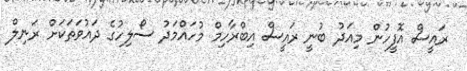
ރައީސް އޮފީހުން މިއަދު ބުނީ ރައީސް އިބްރާހިމް މުހައްމަދު ސޯލިހުގެ ދައުވަތަކަށް ރަނިލް